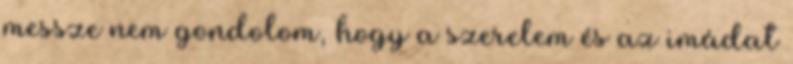
messze nem gondolom, hogy a szerelem és az imádat